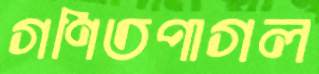
গণিতপাগল